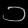
Digit: ၁